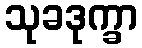
သုခဒုက္ခာ